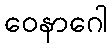
ဝေနာဂေါ